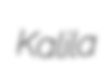
Kalila